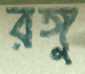
রঙ্গু